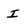
Character: I